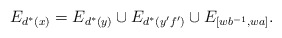
\begin{align*}E_{d^*(x)} = E_{d^*(y)} \cup E_{d^*(y'f')} \cup E_{[wb^{-1}, wa]}.\end{align*}